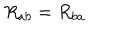
R _ { a b } = R _ { b a }